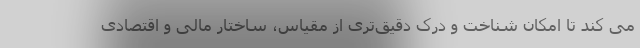
می کند تا امکان شناخت و درک دقیق‌تری از مقیاس، ساختار مالی و اقتصادی